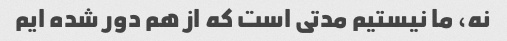
نه، ما نیستیم مدتی است که از هم دور شده ایم